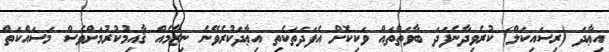
އިޢާދަ (ރިސައިކަލް) ކުރެވިދާނެފަދަ ބާވަތްތައް ވަކިކޮށް އެފަދަތަކެތި އިޢާދަކުރެވޭނެ ނިޒާމެއް ޤާއިމުކުރުމަށްވެސް މަސައްކަތް